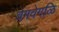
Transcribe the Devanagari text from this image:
वेगवेगळि